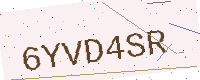
Text: 6YVD4SR